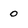
Character: 0